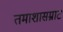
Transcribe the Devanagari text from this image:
तमाशासम्राट